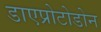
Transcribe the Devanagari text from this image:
डाएप्रोटोडोन